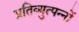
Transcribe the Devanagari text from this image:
प्रतिव्युत्पन्नों